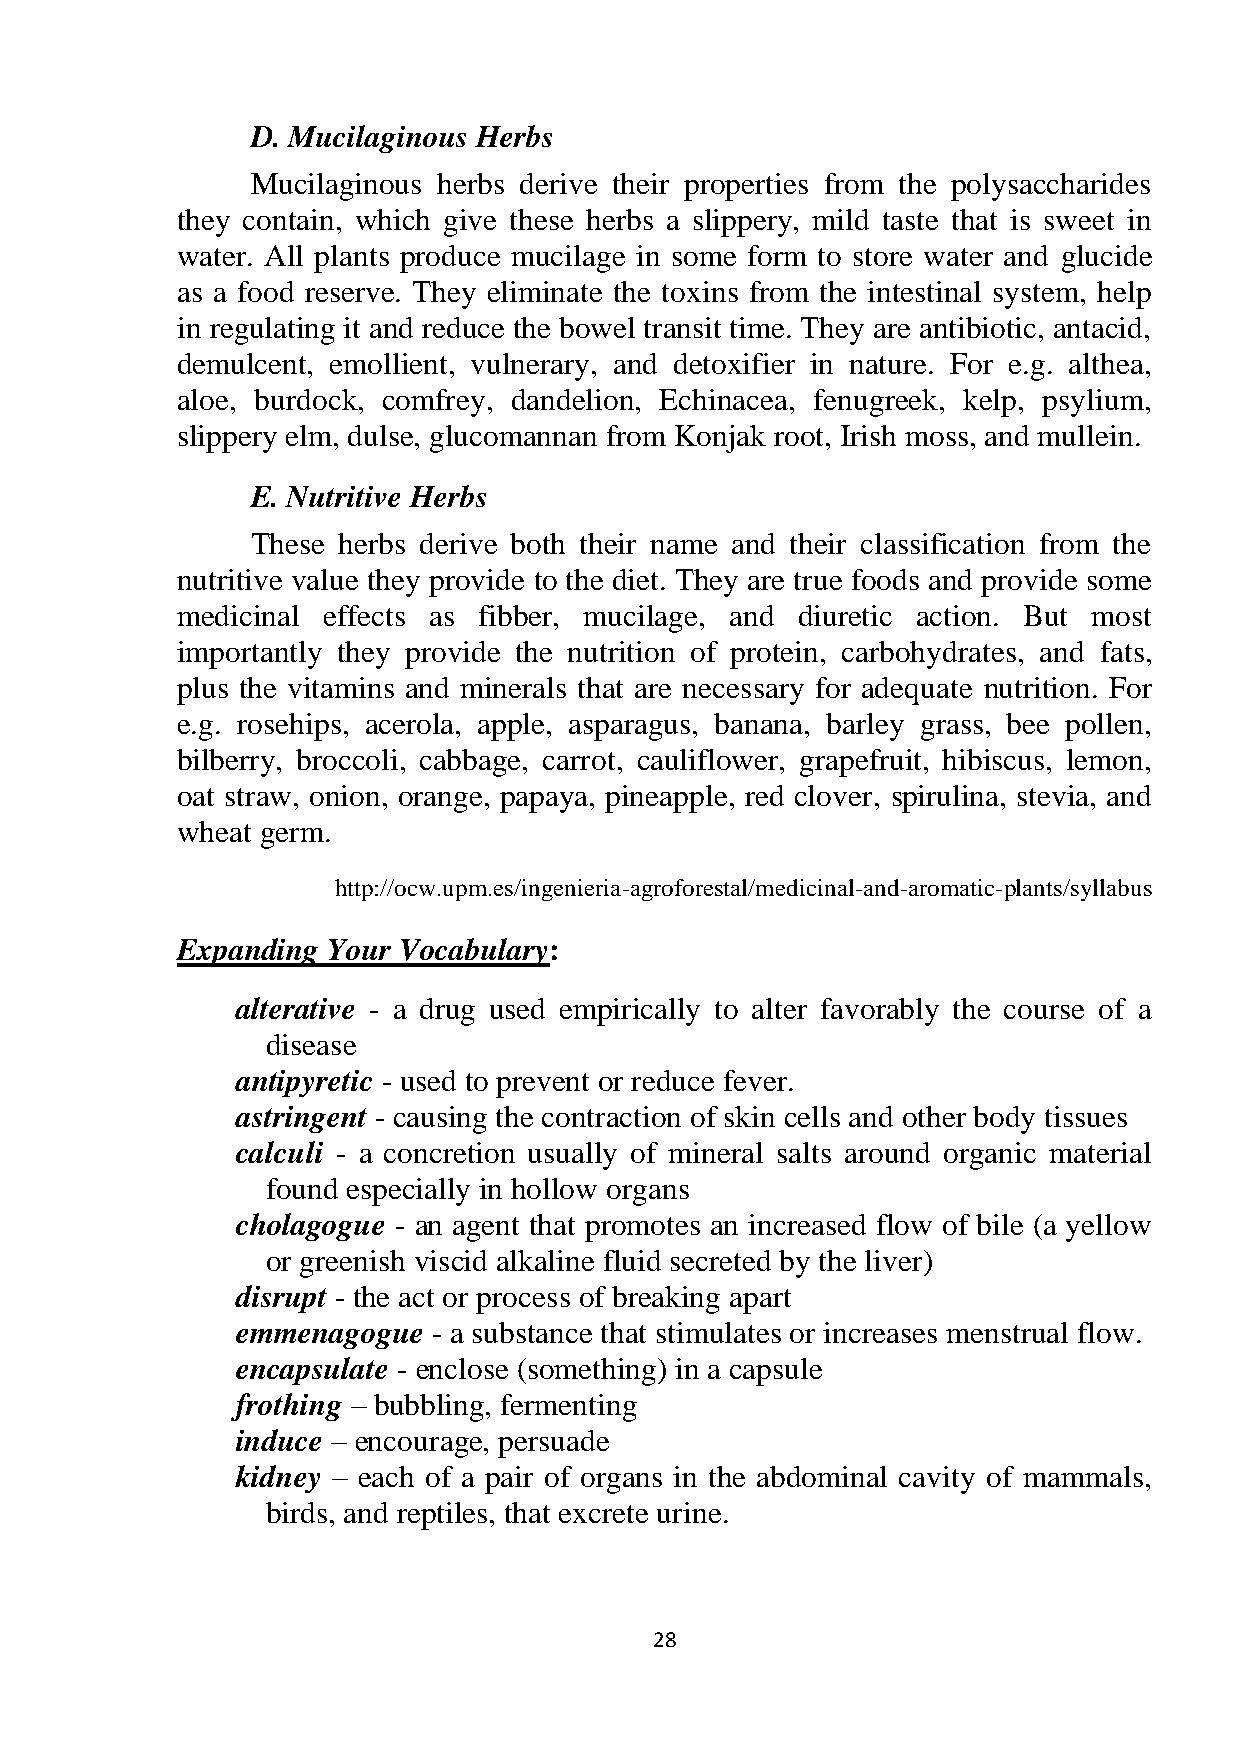
D. Mucilaginous Herbs
 Mucilaginous herbs derive their properties from the polysaccharides
 they contain, which give these herbs a slippery, mild taste that is sweet in
 water. All plants produce mucilage in some form to store water and glucide
 as a food reserve. They eliminate the toxins from the intestinal system, help
 in regulating it and reduce the bowel transit time. They are antibiotic, antacid,
 demulcent, emollient, vulnerary, and detoxifier in nature. For e.g. althea,
 aloe, burdock, comfrey, dandelion, Echinacea, fenugreek, kelp, psylium,
 slippery elm, dulse, glucomannan from Konjak root, Irish moss, and mullein.
 E. Nutritive Herbs
 These herbs derive both their name and their classification from the
 nutritive value they provide to the diet. They are true foods and provide some
 medicinal effects as fibber, mucilage, and diuretic action. But most
 importantly they provide the nutrition of protein, carbohydrates, and fats,
 plus the vitamins and minerals that are necessary for adequate nutrition. For
 e.g. rosehips, acerola, apple, asparagus, banana, barley grass, bee pollen,
 bilberry, broccoli, cabbage, carrot, cauliflower, grapefruit, hibiscus, lemon,
 oat straw, onion, orange, papaya, pineapple, red clover, spirulina, stevia, and
 wheat germ.
 http://ocw.upm.es/ingenieria-agroforestal/medicinal-and-aromatic-plants/syllabus
 Expanding Your Vocabulary:
 alterative - a drug used empirically to alter favorably the course of a
 disease
 antipyretic - used to prevent or reduce fever.
 astringent - causing the contraction of skin cells and other body tissues
 calculi - a concretion usually of mineral salts around organic material
 found especially in hollow organs
 cholagogue - an agent that promotes an increased flow of bile (a yellow
 or greenish viscid alkaline fluid secreted by the liver)
 disrupt - the act or process of breaking apart
 emmenagogue  - a substance that stimulates or increases menstrual flow.
 encapsulate - enclose (something) in a capsule
 frothing – bubbling, fermenting
 induce – encourage, persuade
 kidney – each of a pair of organs in the abdominal cavity of mammals,
 birds, and reptiles, that excrete urine.
 28